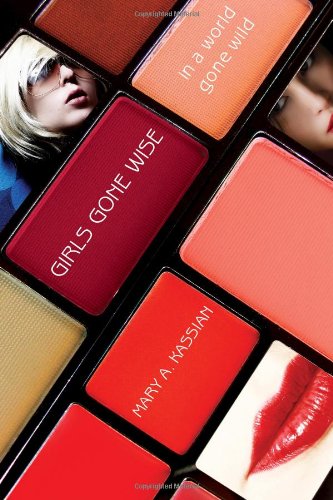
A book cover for Girls Gone Wise in a World Gone Wild; Mary A Kassian; Parenting & Relationships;